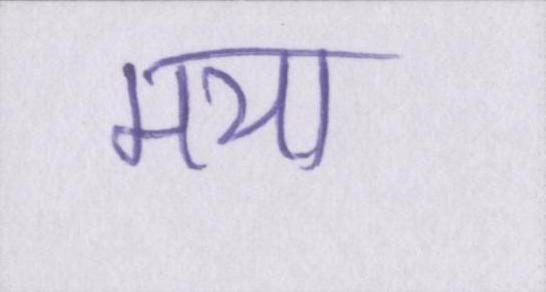
मया